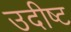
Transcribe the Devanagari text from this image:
उदीष्ट